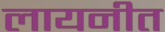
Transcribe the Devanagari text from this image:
लायनीत